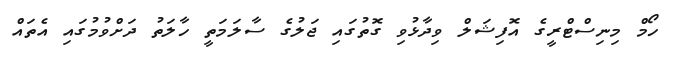
ހޯމް މިނިސްޓްރީގެ އޮފިޝަލް ވިދާޅުވި ގޮތުގައި ޖަލުގެ ސާލަމަތީ ހާލަތު ދަށްވުމުގައި އެތައް